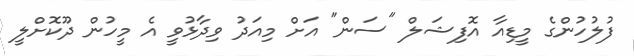
ފުލުހުންގެ މީޑިއާ އޮފިޝަލް "ސަން" އަށް މިއަދު ވިދާޅުވީ އެ މީހުން ދޫކޮށްލީ